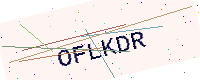
Text: OFLKDR